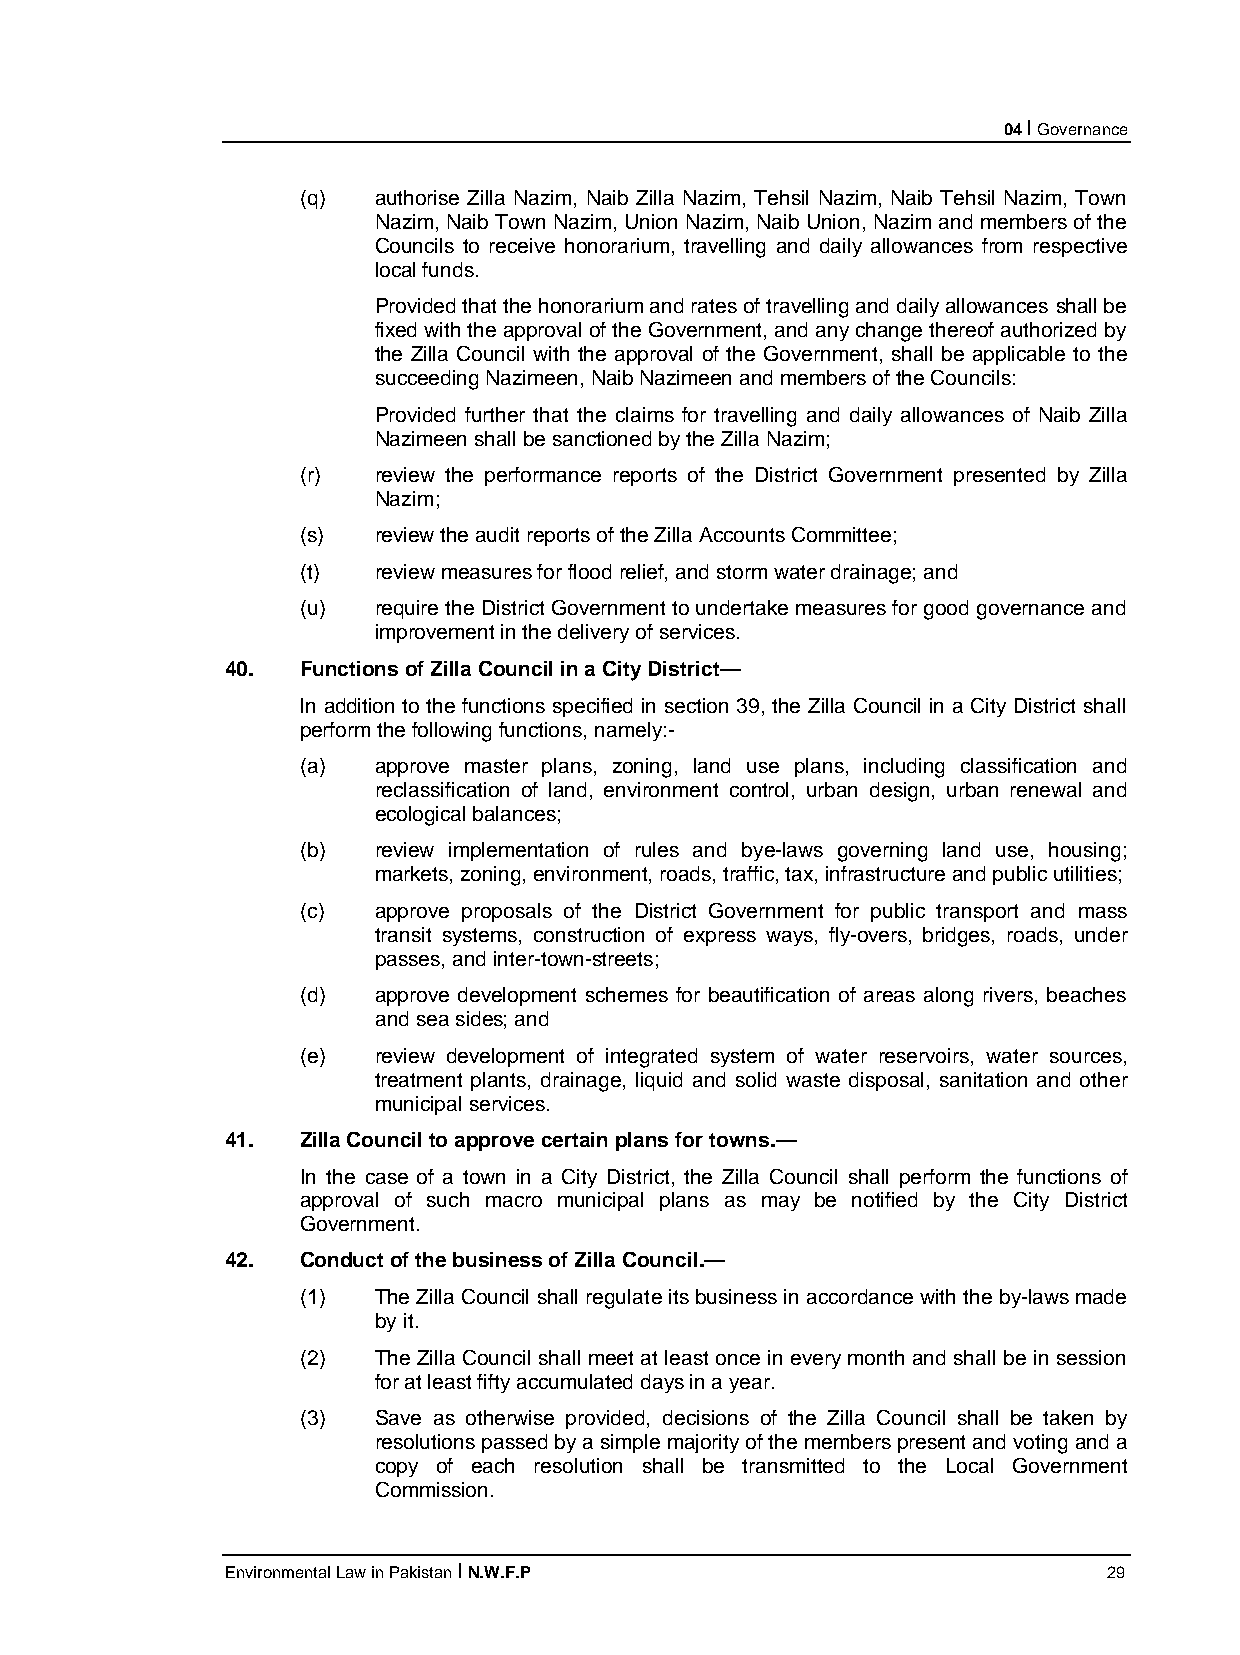
04 I Governance
 (q)  authorise Zilla Nazim, Naib Zilla Nazim, Tehsil Nazim, Naib Tehsil Nazim, Town
 Nazim, Naib Town Nazim, Union Nazim, Naib Union, Nazim and members of the
 Councils to receive honorarium, travelling and daily allowances from respective
 local funds.
 Provided that the honorarium and rates of travelling and daily allowances shall be
 fixed with the approval of the Government, and any change thereof authorized by
 the Zilla Council with the approval of the Government, shall be applicable to the
 succeeding Nazimeen, Naib Nazimeen and members of the Councils:
 Provided further that the claims for travelling and daily allowances of Naib Zilla
 Nazimeen shall be sanctioned by the Zilla Nazim;
 (r)  review the performance reports of the District Government presented by Zilla
 Nazim;
 (s)  review the audit reports of the Zilla Accounts Committee;
 (t)  review measures for flood relief, and storm water drainage; and
 (u)  require the District Government to undertake measures for good governance and
 improvement in the delivery of services.
 40.  Functions of Zilla Council in a City District—
 ln addition to the functions specified in section 39, the Zilla Council in a City District shall
 perform the following functions, namely:-
 (a)  approve master plans, zoning, land use plans, including classification and
 reclassification of land, environment control, urban design, urban renewal and
 ecological balances;
 (b)  review implementation of rules and bye-laws governing land use, housing;
 markets, zoning, environment, roads, traffic, tax, infrastructure and public utilities;
 (c)  approve proposals of the District Government for public transport and mass
 transit systems, construction of express ways, fly-overs, bridges, roads, under
 passes, and inter-town-streets;
 (d)  approve development schemes for beautification of areas along rivers, beaches
 and sea sides; and
 (e)  review development of integrated system of water reservoirs, water sources,
 treatment plants, drainage, liquid and solid waste disposal, sanitation and other
 municipal services.
 41.  Zilla Council to approve certain plans for towns.—
 In the case of a town in a City District, the Zilla Council shall perform the functions of
 approval of such macro municipal plans as may be notified by the City District
 Government.
 42.  Conduct of the business of Zilla Council.—
 (1)  The Zilla Council shall regulate its business in accordance with the by-laws made
 by it.
 (2)  The Zilla Council shall meet at least once in every month and shall be in session
 for at least fifty accumulated days in a year.
 (3)  Save as otherwise provided, decisions of the Zilla Council shall be taken by
 resolutions passed by a simple majority of the members present and voting and a
 copy of each resolution shall be transmitted to the Local Government
 Commission.
 Environmental Law in Pakistan I N.W.F.P                   29